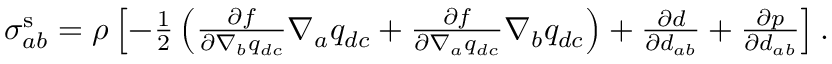
\begin{array} { r } { \sigma _ { a b } ^ { \mathrm { s } } = \rho \left[ - \frac { 1 } { 2 } \left( \frac { \partial f } { \partial \nabla _ { b } q _ { d c } } \nabla _ { a } q _ { d c } + \frac { \partial f } { \partial \nabla _ { a } q _ { d c } } \nabla _ { b } q _ { d c } \right) + \frac { \partial d } { \partial d _ { a b } } + \frac { \partial p } { \partial d _ { a b } } \right] . } \end{array}